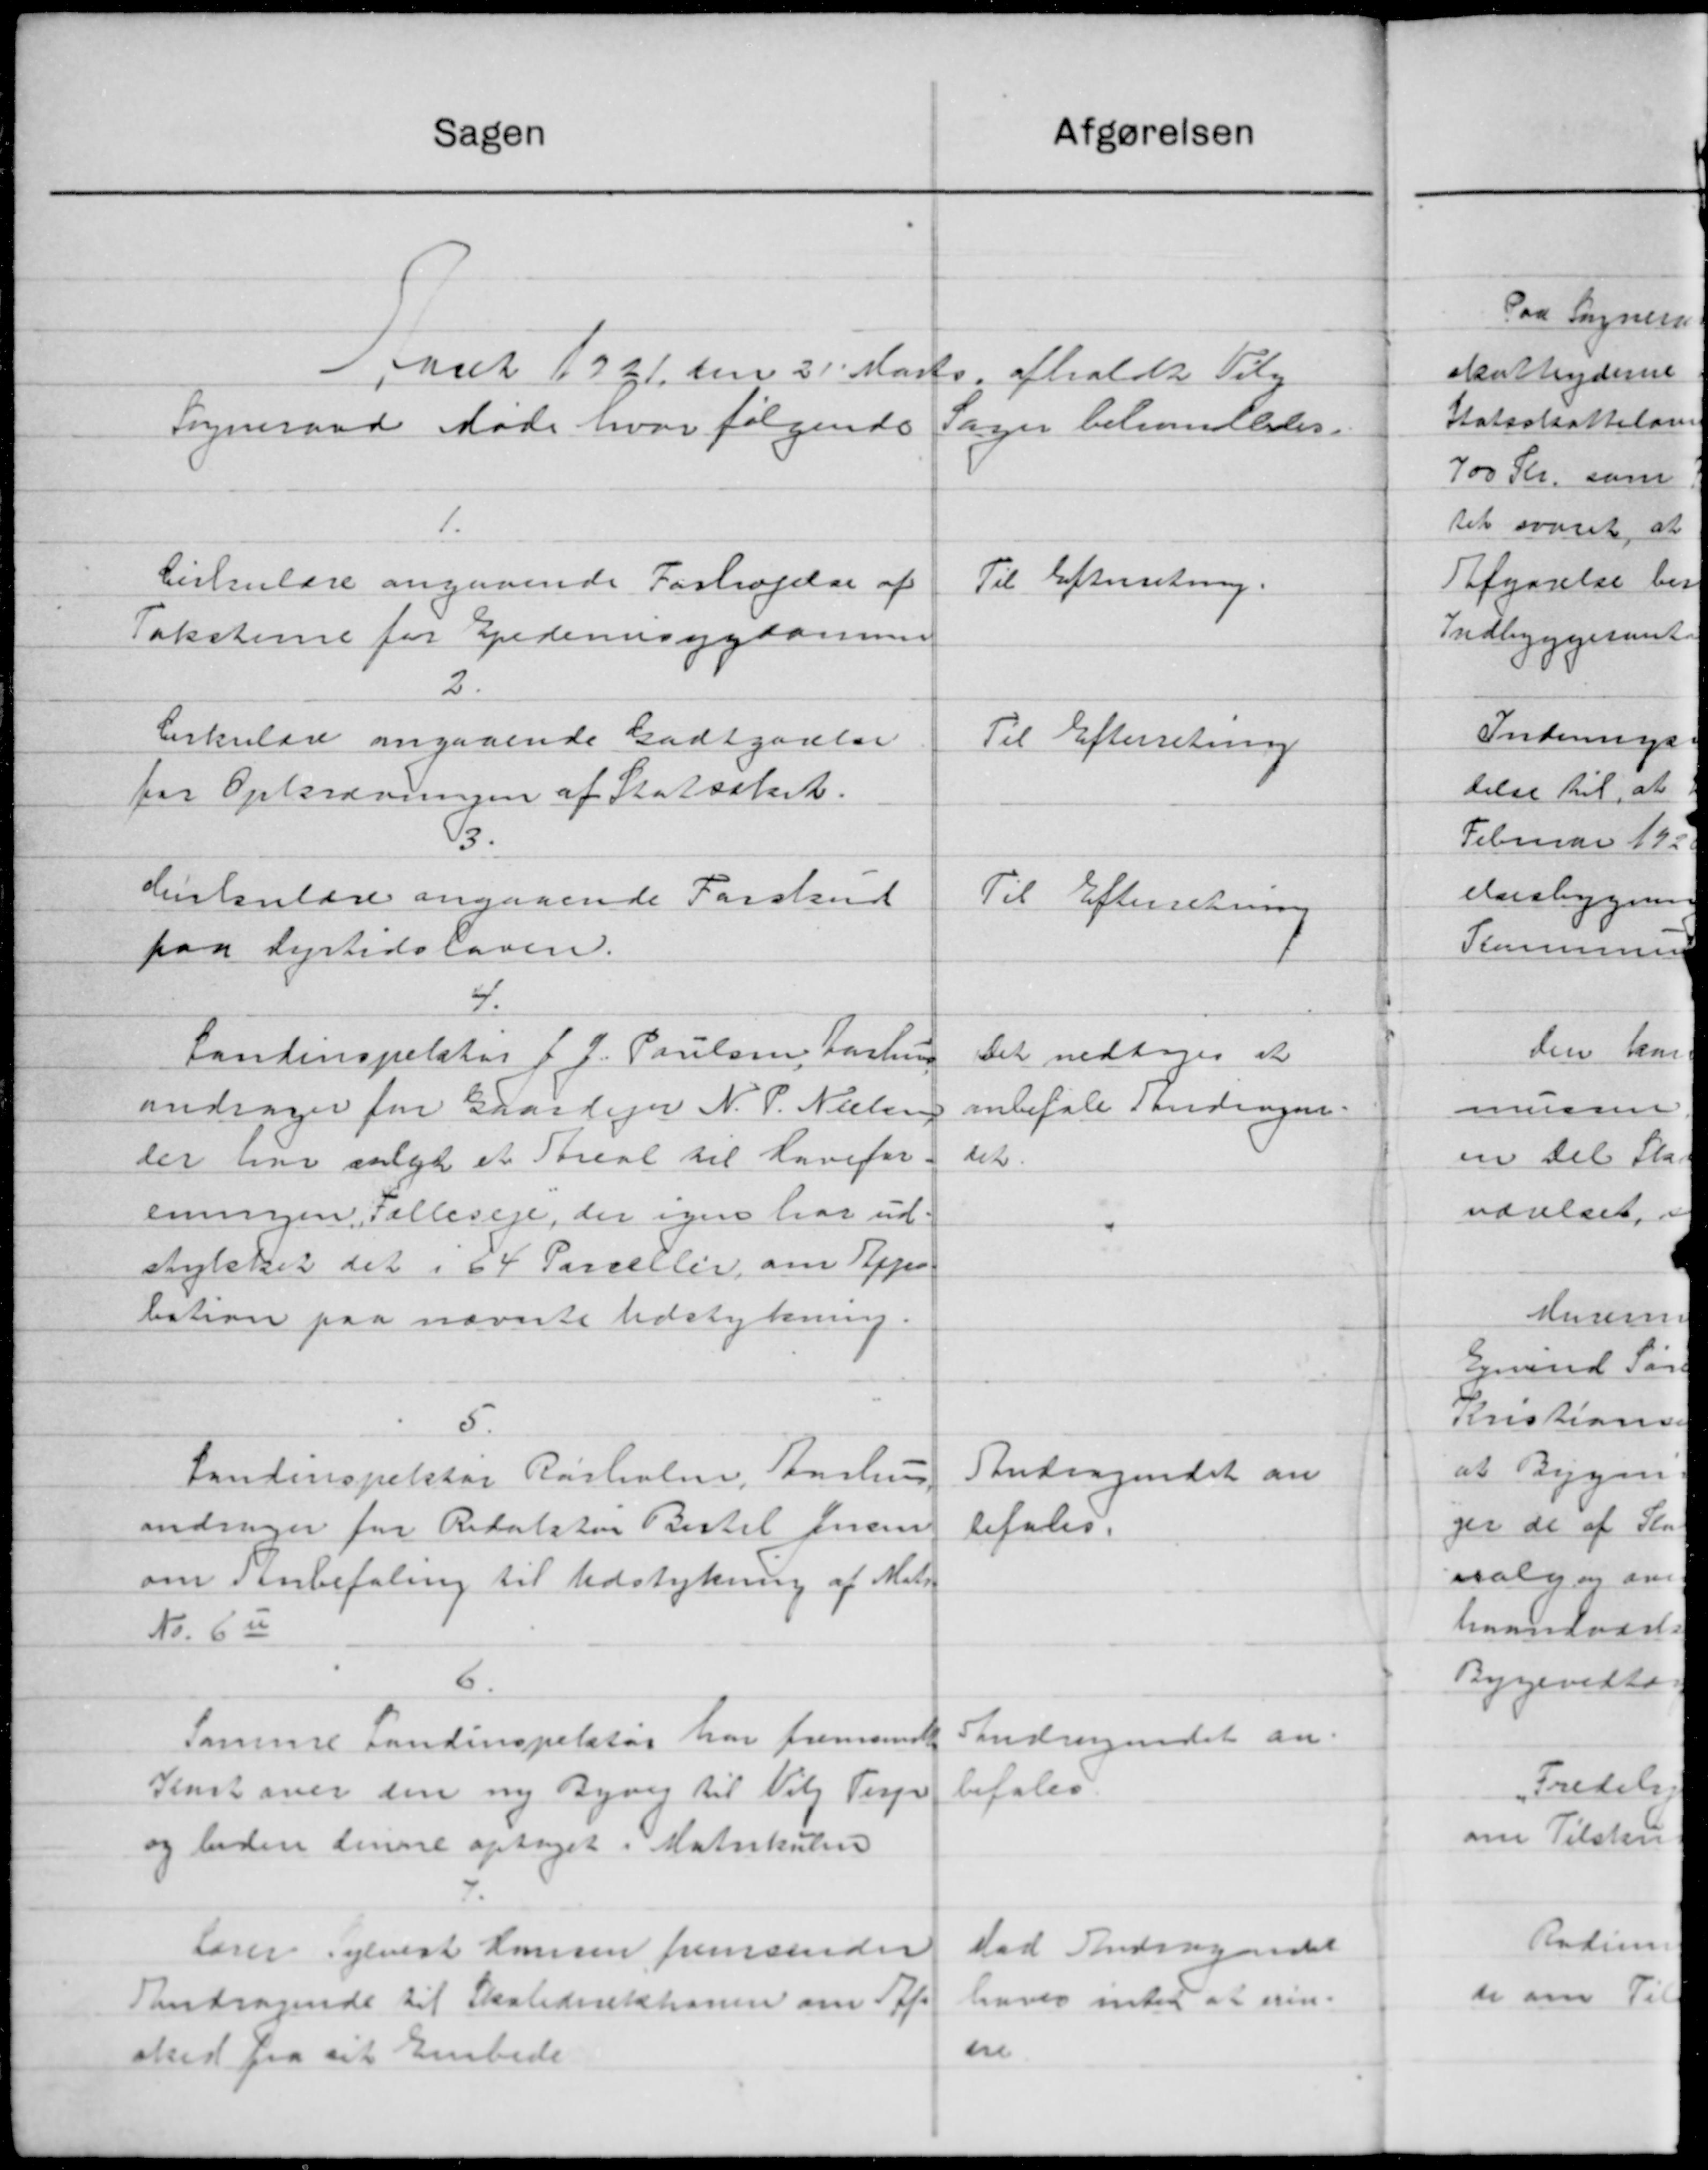
Transskription:
Aaret 1921 den 21' Marts afholdt Viby
Sogneraad Møde hvor følgende Sager behandledes.
1.
Cirkulære angaaende Forhøjelse af
Taksterne for Epedemisygdomme
Til Efterretning.
2
Cirkulære angaaende Godtgørelse
for Opkrævningen af Statsskat.
Til Efterretning
3.
Cirkulære angaaende Forskud
paa Dyrtidsloven.
Til Efterretning
4.
Landinspektør J. J. Poulsen, Aarhus
andrager for Gaardejer N. P. Nielsen
der har solgt et Areal til Havefor-
eningen, "Fælleseje", der igen har ud-
stykket det i 64 Parceller om Appro-
bation paa nævnte Udstykning.
Det vedtages at
anbefale Andragen-
det.
5.
Landinspektør Rørholm, Aarhus.
andrager for Redaktør Bertel Jensen
om Anbefaling til Udstykning af Matr.
No. 6 u     
Andragendet an-
befales.
6.
Samme Landinspektør har fremsendt 
Kort over den ny Byvej til Viby Terp
og laden denne optaget i Matrikulen
Andragendet an-
befales.
 7.
Lærer Sylvest Hansen fremsender
Andragende til Skoledirektionen om Af-
sked fra sit Embede
Med Andragendet
haves intet at erin-
dre